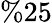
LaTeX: \% 25